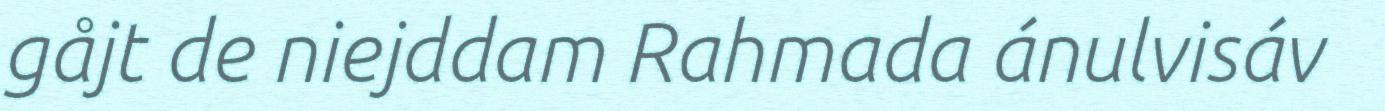
gåjt de niejddam Rahmada ánulvisáv